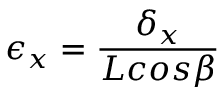
\epsilon { _ x } = \frac { \delta { _ x } } { L c o s \beta }